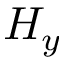
H _ { y }